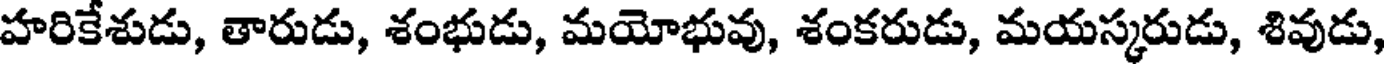
హరికేశుడు, తారుడు, శంభుడు, మయోభువు, శంకరుడు, మయస్కరుడు, శివుడు,